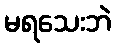
မရသေးဘဲ